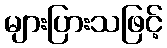
များပြားသဖြင့်